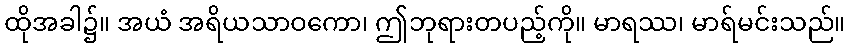
ထိုအခါ၌။ အယံ အရိယသာဝကော၊ ဤဘုရားတပည့်ကို။ မာရဿ၊ မာရ်မင်းသည်။